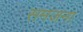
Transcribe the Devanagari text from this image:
समजना